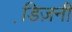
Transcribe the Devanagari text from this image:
डि़ज़नी